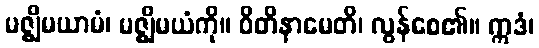
မဇ္ဈိမယာမံ၊ မဇ္ဈိမယံကို။ ဝိတိနာမေတိ၊ လွန်စေ၏။ ဣဒံ၊